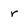
Character: r